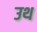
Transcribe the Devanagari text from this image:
उथ